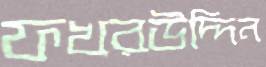
ফখরউদ্দিন